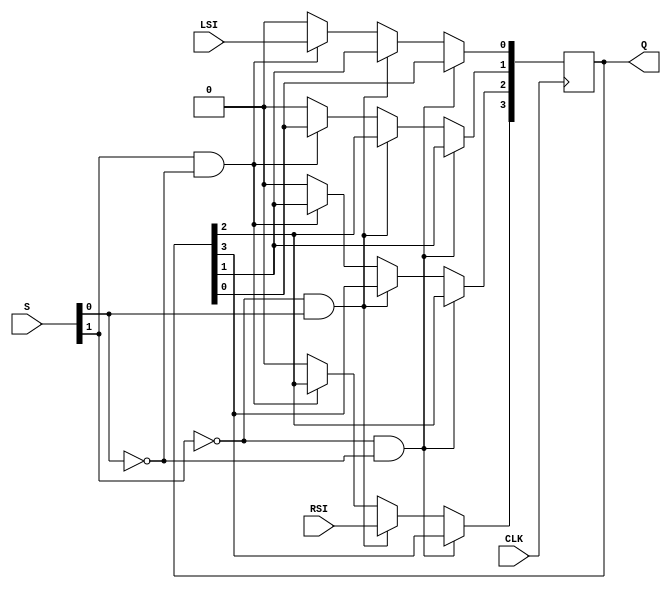
module pong4(RSI, LSI, S, CLK, Q);
	input RSI, LSI, CLK;
	input [1:0] S;
	output [3:0] Q;
	
	reg [3:0] Q;
	
	always @(posedge CLK)
		if( S[1] == 0 & S[0] == 0)
			begin 
			Q[0] <= Q[0];
			Q[1] <= Q[1];
			Q[2] <= Q[2];
			Q[3] <= Q[3];
			end
		else if(S[1] == 0 & S[0] == 1)
			begin 
			Q[0] <= Q[1];
			Q[1] <= Q[2];
			Q[2] <= Q[3];
			Q[3] <= RSI;
			end
		else if(S[1] == 1 & S[0] == 0)
			begin 
			Q[0] <= LSI;
			Q[1] <= Q[0];
			Q[2] <= Q[1];
			Q[3] <= Q[2];
			end
		else
			begin 
			Q[0] <= 0;
			Q[1] <= 0;
			Q[2] <= 0;
			Q[3] <= 0;
			end
			
		endmodule